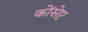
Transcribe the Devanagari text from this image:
कोंसेप्ट